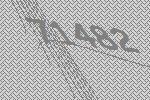
71482